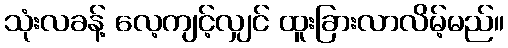
သုံးလခန့် လေ့ကျင့်လျှင် ထူးခြားလာလိမ့်မည်။